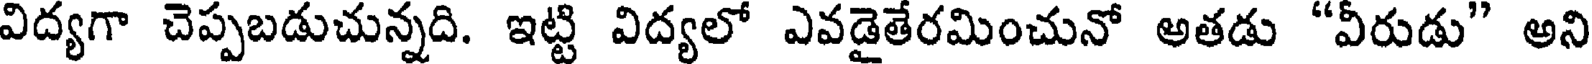
విద్యగా చెప్పబడుచున్నది. ఇట్టి విద్యలో ఎవడైతేరమించునో అతడు "వీరుడు" అని